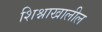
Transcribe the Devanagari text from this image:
शिश्नाखालील